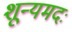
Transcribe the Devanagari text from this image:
शून्यमदः